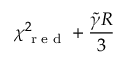
\chi _ { \textrm { r e d } } ^ { 2 } + \frac { \tilde { \gamma } R } { 3 }